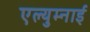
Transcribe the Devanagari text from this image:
एल्युम्नाई